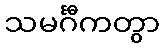
သမင်္ဂီကတွာ